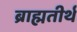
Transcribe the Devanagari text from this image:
ब्राह्मतीर्थ